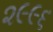
૨૯૯૬